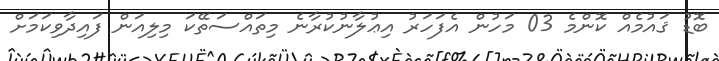
ބޮޑު ޤައުމެއް ކޮންމެ 03 މަހުން އެފަހަރު އިޢުލާނުކުރާނެ މިތައްސަތޭކަ މިލިއަން ފައިދާވިކަމަށް